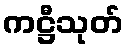
ကဋ္ဌီသုတ်